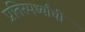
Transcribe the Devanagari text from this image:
प्रतिस्पर्ध्यांची